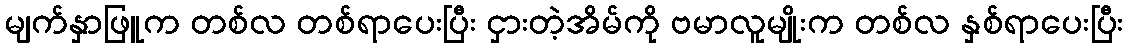
မျက်နှာဖြူက တစ်လ တစ်ရာပေးပြီး ငှားတဲ့အိမ်ကို ဗမာလူမျိုးက တစ်လ နှစ်ရာပေးပြီး